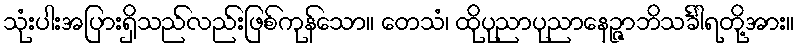
သုံးပါးအပြားရှိသည်လည်းဖြစ်ကုန်သော။ တေသံ၊ ထိုပုညာပုညာနေဉ္ဇာဘိသင်္ခါရတို့အား။